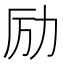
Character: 励